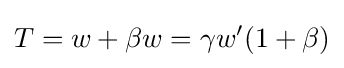
T=w+\beta w=\gamma w'(1+\beta )